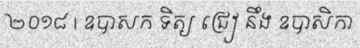
២០១៨ | ឧបាសក ទិត្យ ជ្រៀ នឹង ឧបាសិកា